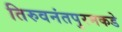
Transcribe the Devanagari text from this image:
तिरुवनंतपुरमकडे